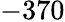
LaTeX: -370